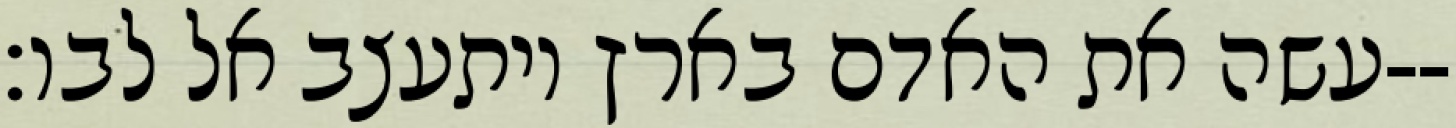
עשה את האדם בארץ ויתעצב אל לבו׃--